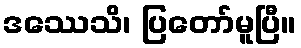
ဒဿေသိ၊ ပြတော်မူပြီ။